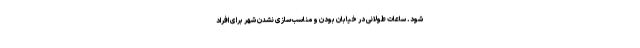
شود. ساعات طولانی در خیابان‌ بودن و مناسب‌سازی نشدن شهر برای افراد